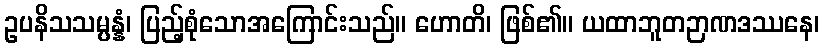
ဥပနိသသမ္ပန္နံ၊ ပြည့်စုံသောအကြောင်းသည်။ ဟောတိ၊ ဖြစ်၏။ ယထာဘူတဉာဏဒဿနေ၊